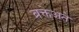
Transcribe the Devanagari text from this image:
ब्रक्तेअते